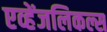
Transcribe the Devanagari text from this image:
एव्हेंजलिकल्स